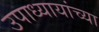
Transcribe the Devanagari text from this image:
उपाध्यायांच्या